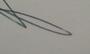
Signature authenticity: genuine